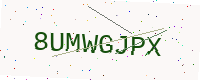
Text: 8UMWGJPX